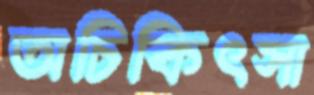
অচিকিৎসা